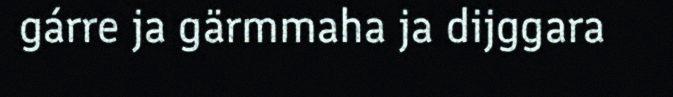
gárre ja gärmmaha ja dijggara